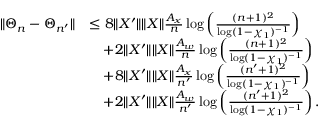
\begin{array} { r l } { \| \Theta _ { n } - \Theta _ { n ^ { \prime } } \| } & { \leq 8 \| X ^ { \prime } \| \| X \| \frac { A _ { x } } { n } \log \left( \frac { ( n + 1 ) ^ { 2 } } { \log ( 1 - \chi _ { 1 } ) ^ { - 1 } } \right) } \\ & { \quad + 2 \| X ^ { \prime } \| \| X \| \frac { A _ { w } } { n } \log \left( \frac { ( n + 1 ) ^ { 2 } } { \log ( 1 - \chi _ { 1 } ) ^ { - 1 } } \right) } \\ & { \quad + 8 \| X ^ { \prime } \| \| X \| \frac { A _ { x } } { n ^ { \prime } } \log \left( \frac { ( n ^ { \prime } + 1 ) ^ { 2 } } { \log ( 1 - \chi _ { 1 } ) ^ { - 1 } } \right) } \\ & { \quad + 2 \| X ^ { \prime } \| \| X \| \frac { A _ { w } } { n ^ { \prime } } \log \left( \frac { ( n ^ { \prime } + 1 ) ^ { 2 } } { \log ( 1 - \chi _ { 1 } ) ^ { - 1 } } \right) . } \end{array}